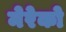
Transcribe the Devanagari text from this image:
मेरेको